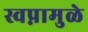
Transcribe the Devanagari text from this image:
स्वप्नामुळे